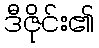
ဒီဇိုင်း၏